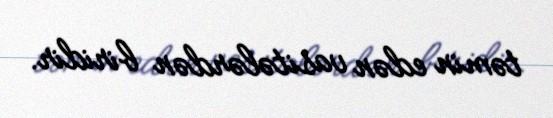
təmin edən vasitələrdən biridir.